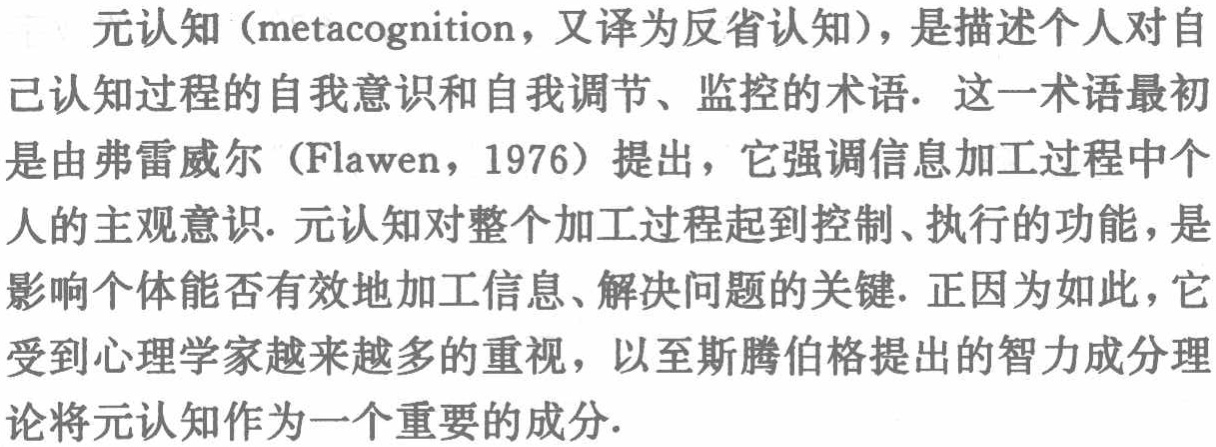
元认知（metacognition，又译为反省认知），是描述个人对自己认知过程的自我意识和自我调节、监控的术语. 这一术语最初是由弗雷威尔（Flawen，1976）提出，它强调信息加工过程中个人的主观意识. 元认知对整个加工过程起到控制、执行的功能，是影响个体能否有效地加工信息、解决问题的关键. 正因为如此，它受到心理学家越来越多的重视，以至斯腾伯格提出的智力成分理论将元认知作为一个重要的成分.